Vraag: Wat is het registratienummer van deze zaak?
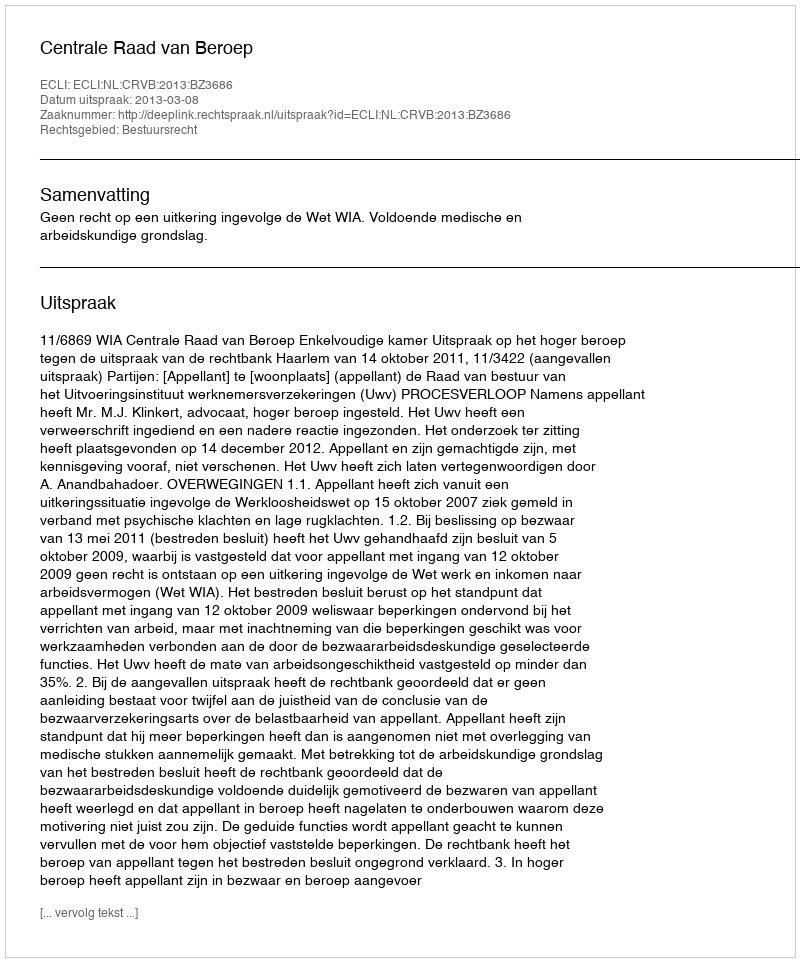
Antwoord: http://deeplink.rechtspraak.nl/uitspraak?id=ECLI:NL:CRVB:2013:BZ3686